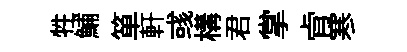
牲鯆箪軒彧構君掌肻寒